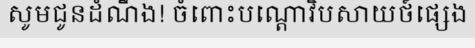
សូមជូនដំណឹង! ចំពោះបណ្តោវិបសាយថ៍ផ្សេង